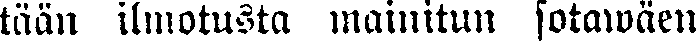
tään ilmotusta mainitun sotawäen